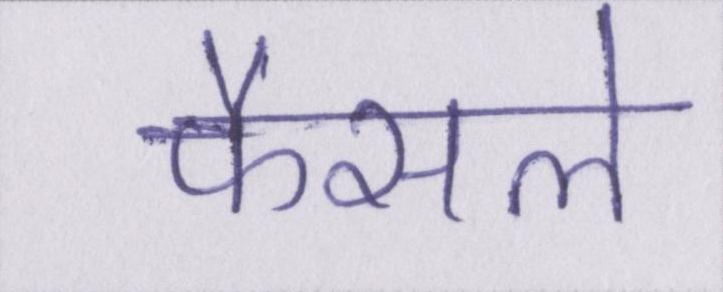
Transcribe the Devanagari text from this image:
फैसले